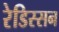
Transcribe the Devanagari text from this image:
रेडिस्सन